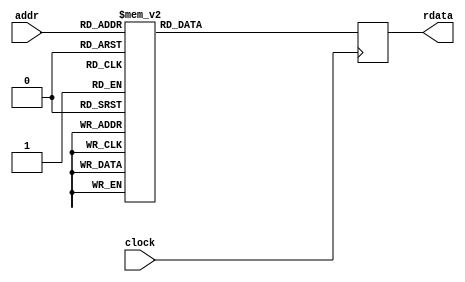

`timescale 1ps/1ps
module bm_ce_rom (clock, addr, rdata);

input              clock    ;
input  [7:0]       addr     ;
output [64:0]      rdata    ;

reg    [64:0]      rdata    ;

always @(posedge clock)
  case(addr)
    8'd0: rdata <= #1 {30'd1, 22'd4194292, 13'd8160};
    8'd1: rdata <= #1 {30'd4186134, 22'd4177972, 13'd8097};
    8'd2: rdata <= #1 {30'd8356010, 22'd4161778, 13'd8034};
    8'd3: rdata <= #1 {30'd12509756, 22'd4145710, 13'd7973};
    8'd4: rdata <= #1 {30'd16647494, 22'd4129765, 13'd7911};
    8'd5: rdata <= #1 {30'd20769349, 22'd4113942, 13'd7851};
    8'd6: rdata <= #1 {30'd24875441, 22'd4098240, 13'd7791};
    8'd7: rdata <= #1 {30'd28965891, 22'd4082658, 13'd7732};
    8'd8: rdata <= #1 {30'd33040818, 22'd4067193, 13'd7674};
    8'd9: rdata <= #1 {30'd37100338, 22'd4051845, 13'd7616};
    8'd10: rdata <= #1 {30'd41144568, 22'd4036613, 13'd7559};
    8'd11: rdata <= #1 {30'd45173623, 22'd4021494, 13'd7503};
    8'd12: rdata <= #1 {30'd49187615, 22'd4006489, 13'd7447};
    8'd13: rdata <= #1 {30'd53186658, 22'd3991595, 13'd7392};
    8'd14: rdata <= #1 {30'd57170863, 22'd3976811, 13'd7337};
    8'd15: rdata <= #1 {30'd61140338, 22'd3962137, 13'd7283};
    8'd16: rdata <= #1 {30'd65095193, 22'd3947570, 13'd7230};
    8'd17: rdata <= #1 {30'd69035534, 22'd3933110, 13'd7177};
    8'd18: rdata <= #1 {30'd72961468, 22'd3918756, 13'd7125};
    8'd19: rdata <= #1 {30'd76873100, 22'd3904506, 13'd7073};
    8'd20: rdata <= #1 {30'd80770534, 22'd3890359, 13'd7022};
    8'd21: rdata <= #1 {30'd84653872, 22'd3876315, 13'd6972};
    8'd22: rdata <= #1 {30'd88523216, 22'd3862371, 13'd6922};
    8'd23: rdata <= #1 {30'd92378667, 22'd3848528, 13'd6872};
    8'd24: rdata <= #1 {30'd96220323, 22'd3834783, 13'd6823};
    8'd25: rdata <= #1 {30'd100048284, 22'd3821136, 13'd6775};
    8'd26: rdata <= #1 {30'd103862646, 22'd3807586, 13'd6727};
    8'd27: rdata <= #1 {30'd107663506, 22'd3794132, 13'd6680};
    8'd28: rdata <= #1 {30'd111450959, 22'd3780772, 13'd6633};
    8'd29: rdata <= #1 {30'd115225099, 22'd3767507, 13'd6587};
    8'd30: rdata <= #1 {30'd118986020, 22'd3754333, 13'd6541};
    8'd31: rdata <= #1 {30'd122733814, 22'd3741252, 13'd6495};
    8'd32: rdata <= #1 {30'd126468572, 22'd3728262, 13'd6450};
    8'd33: rdata <= #1 {30'd130190384, 22'd3715361, 13'd6406};
    8'd34: rdata <= #1 {30'd133899341, 22'd3702550, 13'd6362};
    8'd35: rdata <= #1 {30'd137595530, 22'd3689826, 13'd6318};
    8'd36: rdata <= #1 {30'd141279039, 22'd3677190, 13'd6275};
    8'd37: rdata <= #1 {30'd144949955, 22'd3664640, 13'd6232};
    8'd38: rdata <= #1 {30'd148608363, 22'd3652175, 13'd6190};
    8'd39: rdata <= #1 {30'd152254349, 22'd3639795, 13'd6148};
    8'd40: rdata <= #1 {30'd155887997, 22'd3627498, 13'd6107};
    8'd41: rdata <= #1 {30'd159509389, 22'd3615285, 13'd6066};
    8'd42: rdata <= #1 {30'd163118608, 22'd3603153, 13'd6025};
    8'd43: rdata <= #1 {30'd166715737, 22'd3591102, 13'd5985};
    8'd44: rdata <= #1 {30'd170300855, 22'd3579132, 13'd5945};
    8'd45: rdata <= #1 {30'd173874042, 22'd3567241, 13'd5906};
    8'd46: rdata <= #1 {30'd177435378, 22'd3555429, 13'd5867};
    8'd47: rdata <= #1 {30'd180984941, 22'd3543695, 13'd5828};
    8'd48: rdata <= #1 {30'd184522809, 22'd3532038, 13'd5790};
    8'd49: rdata <= #1 {30'd188049058, 22'd3520458, 13'd5752};
    8'd50: rdata <= #1 {30'd191563764, 22'd3508953, 13'd5715};
    8'd51: rdata <= #1 {30'd195067003, 22'd3497523, 13'd5678};
    8'd52: rdata <= #1 {30'd198558849, 22'd3486168, 13'd5641};
    8'd53: rdata <= #1 {30'd202039377, 22'd3474886, 13'd5605};
    8'd54: rdata <= #1 {30'd205508659, 22'd3463677, 13'd5569};
    8'd55: rdata <= #1 {30'd208966768, 22'd3452539, 13'd5533};
    8'd56: rdata <= #1 {30'd212413775, 22'd3441474, 13'd5498};
    8'd57: rdata <= #1 {30'd215849752, 22'd3430479, 13'd5463};
    8'd58: rdata <= #1 {30'd219274768, 22'd3419553, 13'd5428};
    8'd59: rdata <= #1 {30'd222688895, 22'd3408698, 13'd5394};
    8'd60: rdata <= #1 {30'd226092200, 22'd3397911, 13'd5359};
    8'd61: rdata <= #1 {30'd229484752, 22'd3387192, 13'd5326};
    8'd62: rdata <= #1 {30'd232866618, 22'd3376540, 13'd5292};
    8'd63: rdata <= #1 {30'd236237867, 22'd3365956, 13'd5259};
    8'd64: rdata <= #1 {30'd239598564, 22'd3355437, 13'd5227};
    8'd65: rdata <= #1 {30'd242948775, 22'd3344984, 13'd5194};
    8'd66: rdata <= #1 {30'd246288566, 22'd3334596, 13'd5162};
    8'd67: rdata <= #1 {30'd249618001, 22'd3324272, 13'd5130};
    8'd68: rdata <= #1 {30'd252937143, 22'd3314012, 13'd5098};
    8'd69: rdata <= #1 {30'd256246058, 22'd3303815, 13'd5067};
    8'd70: rdata <= #1 {30'd259544806, 22'd3293681, 13'd5036};
    8'd71: rdata <= #1 {30'd262833451, 22'd3283608, 13'd5006};
    8'd72: rdata <= #1 {30'd266112055, 22'd3273597, 13'd4975};
    8'd73: rdata <= #1 {30'd269380678, 22'd3263647, 13'd4945};
    8'd74: rdata <= #1 {30'd272639381, 22'd3253758, 13'd4915};
    8'd75: rdata <= #1 {30'd275888224, 22'd3243927, 13'd4885};
    8'd76: rdata <= #1 {30'd279127267, 22'd3234157, 13'd4856};
    8'd77: rdata <= #1 {30'd282356568, 22'd3224444, 13'd4827};
    8'd78: rdata <= #1 {30'd285576186, 22'd3214790, 13'd4798};
    8'd79: rdata <= #1 {30'd288786179, 22'd3205194, 13'd4770};
    8'd80: rdata <= #1 {30'd291986604, 22'd3195655, 13'd4741};
    8'd81: rdata <= #1 {30'd295177518, 22'd3186172, 13'd4713};
    8'd82: rdata <= #1 {30'd298358978, 22'd3176746, 13'd4685};
    8'd83: rdata <= #1 {30'd301531039, 22'd3167375, 13'd4658};
    8'd84: rdata <= #1 {30'd304693756, 22'd3158059, 13'd4631};
    8'd85: rdata <= #1 {30'd307847185, 22'd3148798, 13'd4604};
    8'd86: rdata <= #1 {30'd310991380, 22'd3139591, 13'd4577};
    8'd87: rdata <= #1 {30'd314126395, 22'd3130438, 13'd4550};
    8'd88: rdata <= #1 {30'd317252283, 22'd3121338, 13'd4524};
    8'd89: rdata <= #1 {30'd320369098, 22'd3112290, 13'd4498};
    8'd90: rdata <= #1 {30'd323476891, 22'd3103295, 13'd4472};
    8'd91: rdata <= #1 {30'd326575715, 22'd3094352, 13'd4446};
    8'd92: rdata <= #1 {30'd329665622, 22'd3085460, 13'd4420};
    8'd93: rdata <= #1 {30'd332746662, 22'd3076619, 13'd4395};
    8'd94: rdata <= #1 {30'd335818887, 22'd3067829, 13'd4370};
    8'd95: rdata <= #1 {30'd338882346, 22'd3059089, 13'd4345};
    8'd96: rdata <= #1 {30'd341937090, 22'd3050398, 13'd4321};
    8'd97: rdata <= #1 {30'd344983168, 22'd3041757, 13'd4296};
    8'd98: rdata <= #1 {30'd348020630, 22'd3033164, 13'd4272};
    8'd99: rdata <= #1 {30'd351049523, 22'd3024620, 13'd4248};
    8'd100: rdata <= #1 {30'd354069895, 22'd3016124, 13'd4224};
    8'd101: rdata <= #1 {30'd357081796, 22'd3007676, 13'd4201};
    8'd102: rdata <= #1 {30'd360085271, 22'd2999274, 13'd4177};
    8'd103: rdata <= #1 {30'd363080369, 22'd2990920, 13'd4154};
    8'd104: rdata <= #1 {30'd366067136, 22'd2982612, 13'd4131};
    8'd105: rdata <= #1 {30'd369045617, 22'd2974350, 13'd4108};
    8'd106: rdata <= #1 {30'd372015859, 22'd2966133, 13'd4086};
    8'd107: rdata <= #1 {30'd374977907, 22'd2957962, 13'd4063};
    8'd108: rdata <= #1 {30'd377931807, 22'd2949836, 13'd4041};
    8'd109: rdata <= #1 {30'd380877602, 22'd2941754, 13'd4019};
    8'd110: rdata <= #1 {30'd383815338, 22'd2933717, 13'd3997};
    8'd111: rdata <= #1 {30'd386745059, 22'd2925723, 13'd3975};
    8'd112: rdata <= #1 {30'd389666807, 22'd2917773, 13'd3954};
    8'd113: rdata <= #1 {30'd392580626, 22'd2909865, 13'd3932};
    8'd114: rdata <= #1 {30'd395486560, 22'd2902001, 13'd3911};
    8'd115: rdata <= #1 {30'd398384650, 22'd2894179, 13'd3890};
    8'd116: rdata <= #1 {30'd401274940, 22'd2886399, 13'd3869};
    8'd117: rdata <= #1 {30'd404157470, 22'd2878661, 13'd3848};
    8'd118: rdata <= #1 {30'd407032282, 22'd2870964, 13'd3828};
    8'd119: rdata <= #1 {30'd409899418, 22'd2863308, 13'd3808};
    8'd120: rdata <= #1 {30'd412758919, 22'd2855693, 13'd3787};
    8'd121: rdata <= #1 {30'd415610825, 22'd2848118, 13'd3767};
    8'd122: rdata <= #1 {30'd418455175, 22'd2840583, 13'd3747};
    8'd123: rdata <= #1 {30'd421292011, 22'd2833088, 13'd3728};
    8'd124: rdata <= #1 {30'd424121372, 22'd2825633, 13'd3708};
    8'd125: rdata <= #1 {30'd426943297, 22'd2818216, 13'd3689};
    8'd126: rdata <= #1 {30'd429757825, 22'd2810839, 13'd3670};
    8'd127: rdata <= #1 {30'd432564995, 22'd2803500, 13'd3650};
    8'd128: rdata <= #1 {30'd435364845, 22'd2796199, 13'd3631};
    8'd129: rdata <= #1 {30'd438157413, 22'd2788936, 13'd3613};
    8'd130: rdata <= #1 {30'd440942737, 22'd2781711, 13'd3594};
    8'd131: rdata <= #1 {30'd443720855, 22'd2774523, 13'd3575};
    8'd132: rdata <= #1 {30'd446491803, 22'd2767372, 13'd3557};
    8'd133: rdata <= #1 {30'd449255619, 22'd2760258, 13'd3539};
    8'd134: rdata <= #1 {30'd452012339, 22'd2753181, 13'd3521};
    8'd135: rdata <= #1 {30'd454761999, 22'd2746139, 13'd3503};
    8'd136: rdata <= #1 {30'd457504636, 22'd2739134, 13'd3485};
    8'd137: rdata <= #1 {30'd460240285, 22'd2732164, 13'd3467};
    8'd138: rdata <= #1 {30'd462968983, 22'd2725230, 13'd3450};
    8'd139: rdata <= #1 {30'd465690763, 22'd2718330, 13'd3432};
    8'd140: rdata <= #1 {30'd468405662, 22'd2711466, 13'd3415};
    8'd141: rdata <= #1 {30'd471113713, 22'd2704636, 13'd3398};
    8'd142: rdata <= #1 {30'd473814952, 22'd2697841, 13'd3381};
    8'd143: rdata <= #1 {30'd476509412, 22'd2691079, 13'd3364};
    8'd144: rdata <= #1 {30'd479197128, 22'd2684351, 13'd3347};
    8'd145: rdata <= #1 {30'd481878132, 22'd2677657, 13'd3330};
    8'd146: rdata <= #1 {30'd484552460, 22'd2670996, 13'd3314};
    8'd147: rdata <= #1 {30'd487220143, 22'd2664369, 13'd3297};
    8'd148: rdata <= #1 {30'd489881214, 22'd2657774, 13'd3281};
    8'd149: rdata <= #1 {30'd492535707, 22'd2651211, 13'd3265};
    8'd150: rdata <= #1 {30'd495183654, 22'd2644681, 13'd3249};
    8'd151: rdata <= #1 {30'd497825086, 22'd2638183, 13'd3233};
    8'd152: rdata <= #1 {30'd500460037, 22'd2631717, 13'd3217};
    8'd153: rdata <= #1 {30'd503088537, 22'd2625283, 13'd3202};
    8'd154: rdata <= #1 {30'd505710619, 22'd2618880, 13'd3186};
    8'd155: rdata <= #1 {30'd508326312, 22'd2612508, 13'd3171};
    8'd156: rdata <= #1 {30'd510935650, 22'd2606167, 13'd3155};
    8'd157: rdata <= #1 {30'd513538662, 22'd2599856, 13'd3140};
    8'd158: rdata <= #1 {30'd516135378, 22'd2593576, 13'd3125};
    8'd159: rdata <= #1 {30'd518725830, 22'd2587327, 13'd3110};
    8'd160: rdata <= #1 {30'd521310048, 22'd2581107, 13'd3095};
    8'd161: rdata <= #1 {30'd523888061, 22'd2574918, 13'd3080};
    8'd162: rdata <= #1 {30'd526459899, 22'd2568758, 13'd3065};
    8'd163: rdata <= #1 {30'd529025591, 22'd2562627, 13'd3051};
    8'd164: rdata <= #1 {30'd531585167, 22'd2556525, 13'd3036};
    8'd165: rdata <= #1 {30'd534138657, 22'd2550453, 13'd3022};
    8'd166: rdata <= #1 {30'd536686088, 22'd2544409, 13'd3008};
    8'd167: rdata <= #1 {30'd539227491, 22'd2538394, 13'd2993};
    8'd168: rdata <= #1 {30'd541762892, 22'd2532407, 13'd2979};
    8'd169: rdata <= #1 {30'd544292320, 22'd2526449, 13'd2965};
    8'd170: rdata <= #1 {30'd546815804, 22'd2520518, 13'd2951};
    8'd171: rdata <= #1 {30'd549333370, 22'd2514615, 13'd2938};
    8'd172: rdata <= #1 {30'd551845048, 22'd2508740, 13'd2924};
    8'd173: rdata <= #1 {30'd554350865, 22'd2502892, 13'd2910};
    8'd174: rdata <= #1 {30'd556850847, 22'd2497071, 13'd2897};
    8'd175: rdata <= #1 {30'd559345022, 22'd2491278, 13'd2883};
    8'd176: rdata <= #1 {30'd561833416, 22'd2485511, 13'd2870};
    8'd177: rdata <= #1 {30'd564316058, 22'd2479771, 13'd2857};
    8'd178: rdata <= #1 {30'd566792972, 22'd2474057, 13'd2844};
    8'd179: rdata <= #1 {30'd569264185, 22'd2468370, 13'd2831};
    8'd180: rdata <= #1 {30'd571729724, 22'd2462708, 13'd2818};
    8'd181: rdata <= #1 {30'd574189615, 22'd2457073, 13'd2805};
    8'd182: rdata <= #1 {30'd576643883, 22'd2451463, 13'd2792};
    8'd183: rdata <= #1 {30'd579092555, 22'd2445879, 13'd2779};
    8'd184: rdata <= #1 {30'd581535654, 22'd2440320, 13'd2767};
    8'd185: rdata <= #1 {30'd583973207, 22'd2434786, 13'd2754};
    8'd186: rdata <= #1 {30'd586405240, 22'd2429278, 13'd2742};
    8'd187: rdata <= #1 {30'd588831776, 22'd2423794, 13'd2729};
    8'd188: rdata <= #1 {30'd591252841, 22'd2418335, 13'd2717};
    8'd189: rdata <= #1 {30'd593668459, 22'd2412901, 13'd2705};
    8'd190: rdata <= #1 {30'd596078655, 22'd2407491, 13'd2693};
    8'd191: rdata <= #1 {30'd598483453, 22'd2402105, 13'd2681};
    8'd192: rdata <= #1 {30'd600882877, 22'd2396743, 13'd2669};
    8'd193: rdata <= #1 {30'd603276951, 22'd2391405, 13'd2657};
    8'd194: rdata <= #1 {30'd605665699, 22'd2386091, 13'd2645};
    8'd195: rdata <= #1 {30'd608049145, 22'd2380800, 13'd2634};
    8'd196: rdata <= #1 {30'd610427312, 22'd2375533, 13'd2622};
    8'd197: rdata <= #1 {30'd612800223, 22'd2370289, 13'd2610};
    8'd198: rdata <= #1 {30'd615167901, 22'd2365068, 13'd2599};
    8'd199: rdata <= #1 {30'd617530370, 22'd2359870, 13'd2588};
    8'd200: rdata <= #1 {30'd619887653, 22'd2354695, 13'd2576};
    8'd201: rdata <= #1 {30'd622239772, 22'd2349542, 13'd2565};
    8'd202: rdata <= #1 {30'd624586750, 22'd2344412, 13'd2554};
    8'd203: rdata <= #1 {30'd626928609, 22'd2339305, 13'd2543};
    8'd204: rdata <= #1 {30'd629265371, 22'd2334219, 13'd2532};
    8'd205: rdata <= #1 {30'd631597058, 22'd2329156, 13'd2521};
    8'd206: rdata <= #1 {30'd633923694, 22'd2324114, 13'd2510};
    8'd207: rdata <= #1 {30'd636245299, 22'd2319095, 13'd2499};
    8'd208: rdata <= #1 {30'd638561895, 22'd2314097, 13'd2488};
    8'd209: rdata <= #1 {30'd640873503, 22'd2309120, 13'd2478};
    8'd210: rdata <= #1 {30'd643180146, 22'd2304165, 13'd2467};
    8'd211: rdata <= #1 {30'd645481844, 22'd2299231, 13'd2456};
    8'd212: rdata <= #1 {30'd647778619, 22'd2294318, 13'd2446};
    8'd213: rdata <= #1 {30'd650070492, 22'd2289426, 13'd2436};
    8'd214: rdata <= #1 {30'd652357482, 22'd2284555, 13'd2425};
    8'd215: rdata <= #1 {30'd654639613, 22'd2279705, 13'd2415};
    8'd216: rdata <= #1 {30'd656916903, 22'd2274875, 13'd2405};
    8'd217: rdata <= #1 {30'd659189373, 22'd2270065, 13'd2395};
    8'd218: rdata <= #1 {30'd661457044, 22'd2265276, 13'd2385};
    8'd219: rdata <= #1 {30'd663719936, 22'd2260507, 13'd2374};
    8'd220: rdata <= #1 {30'd665978069, 22'd2255758, 13'd2365};
    8'd221: rdata <= #1 {30'd668231463, 22'd2251029, 13'd2355};
    8'd222: rdata <= #1 {30'd670480138, 22'd2246320, 13'd2345};
    8'd223: rdata <= #1 {30'd672724113, 22'd2241630, 13'd2335};
    8'd224: rdata <= #1 {30'd674963409, 22'd2236960, 13'd2325};
    8'd225: rdata <= #1 {30'd677198044, 22'd2232310, 13'd2316};
    8'd226: rdata <= #1 {30'd679428038, 22'd2227678, 13'd2306};
    8'd227: rdata <= #1 {30'd681653411, 22'd2223066, 13'd2297};
    8'd228: rdata <= #1 {30'd683874180, 22'd2218473, 13'd2287};
    8'd229: rdata <= #1 {30'd686090367, 22'd2213899, 13'd2278};
    8'd230: rdata <= #1 {30'd688301988, 22'd2209344, 13'd2268};
    8'd231: rdata <= #1 {30'd690509063, 22'd2204807, 13'd2259};
    8'd232: rdata <= #1 {30'd692711611, 22'd2200289, 13'd2250};
    8'd233: rdata <= #1 {30'd694909651, 22'd2195789, 13'd2241};
    8'd234: rdata <= #1 {30'd697103200, 22'd2191308, 13'd2231};
    8'd235: rdata <= #1 {30'd699292277, 22'd2186845, 13'd2222};
    8'd236: rdata <= #1 {30'd701476900, 22'd2182400, 13'd2213};
    8'd237: rdata <= #1 {30'd703657087, 22'd2177974, 13'd2204};
    8'd238: rdata <= #1 {30'd705832856, 22'd2173565, 13'd2196};
    8'd239: rdata <= #1 {30'd708004225, 22'd2169174, 13'd2187};
    8'd240: rdata <= #1 {30'd710171213, 22'd2164800, 13'd2178};
    8'd241: rdata <= #1 {30'd712333836, 22'd2160445, 13'd2169};
    8'd242: rdata <= #1 {30'd714492111, 22'd2156106, 13'd2160};
    8'd243: rdata <= #1 {30'd716646057, 22'd2151786, 13'd2152};
    8'd244: rdata <= #1 {30'd718795691, 22'd2147482, 13'd2143};
    8'd245: rdata <= #1 {30'd720941031, 22'd2143196, 13'd2135};
    8'd246: rdata <= #1 {30'd723082092, 22'd2138926, 13'd2126};
    8'd247: rdata <= #1 {30'd725218892, 22'd2134674, 13'd2118};
    8'd248: rdata <= #1 {30'd727351449, 22'd2130439, 13'd2109};
    8'd249: rdata <= #1 {30'd729479778, 22'd2126220, 13'd2101};
    8'd250: rdata <= #1 {30'd731603897, 22'd2122018, 13'd2093};
    8'd251: rdata <= #1 {30'd733723822, 22'd2117832, 13'd2084};
    8'd252: rdata <= #1 {30'd735839570, 22'd2113663, 13'd2076};
    8'd253: rdata <= #1 {30'd737951158, 22'd2109511, 13'd2068};
    8'd254: rdata <= #1 {30'd740058601, 22'd2105375, 13'd2060};
    8'd255: rdata <= #1 {30'd742161915, 22'd2101255, 13'd2052};
    default: rdata <= #1 65'd0;
  endcase

endmodule